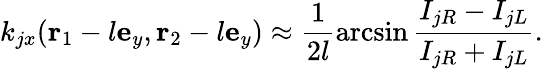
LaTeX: k_{jx}(\mathbf{r}_{1}-l\mathbf{e}_{y},\mathbf{r}_{2}-l\mathbf{e}_{y})\approx\frac{1}{2l}\arcsin\frac{I_{jR}-I_{jL}}{I_{jR}+I_{jL}}.